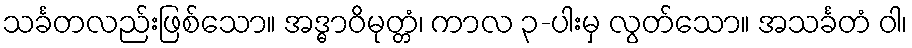
သင်္ခတလည်းဖြစ်သော။ အဒ္ဓာဝိမုတ္တံ၊ ကာလ ၃-ပါးမှ လွတ်သော။ အသင်္ခတံ ဝါ၊